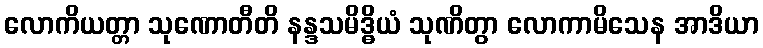
လောကိယတ္တာ သုဏောတီတိ နန္ဒသမိဒ္ဓိယံ သုဏိတွာ လောကာမိသေန အာဒိယာ